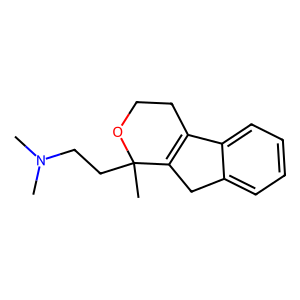
SMILES: CN(C)CCC1(C)OCCC2=C1Cc1ccccc12
Inhibits HIV replication: No